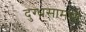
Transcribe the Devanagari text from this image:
दुग्धसामग्री